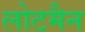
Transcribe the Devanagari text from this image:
लोटमैन